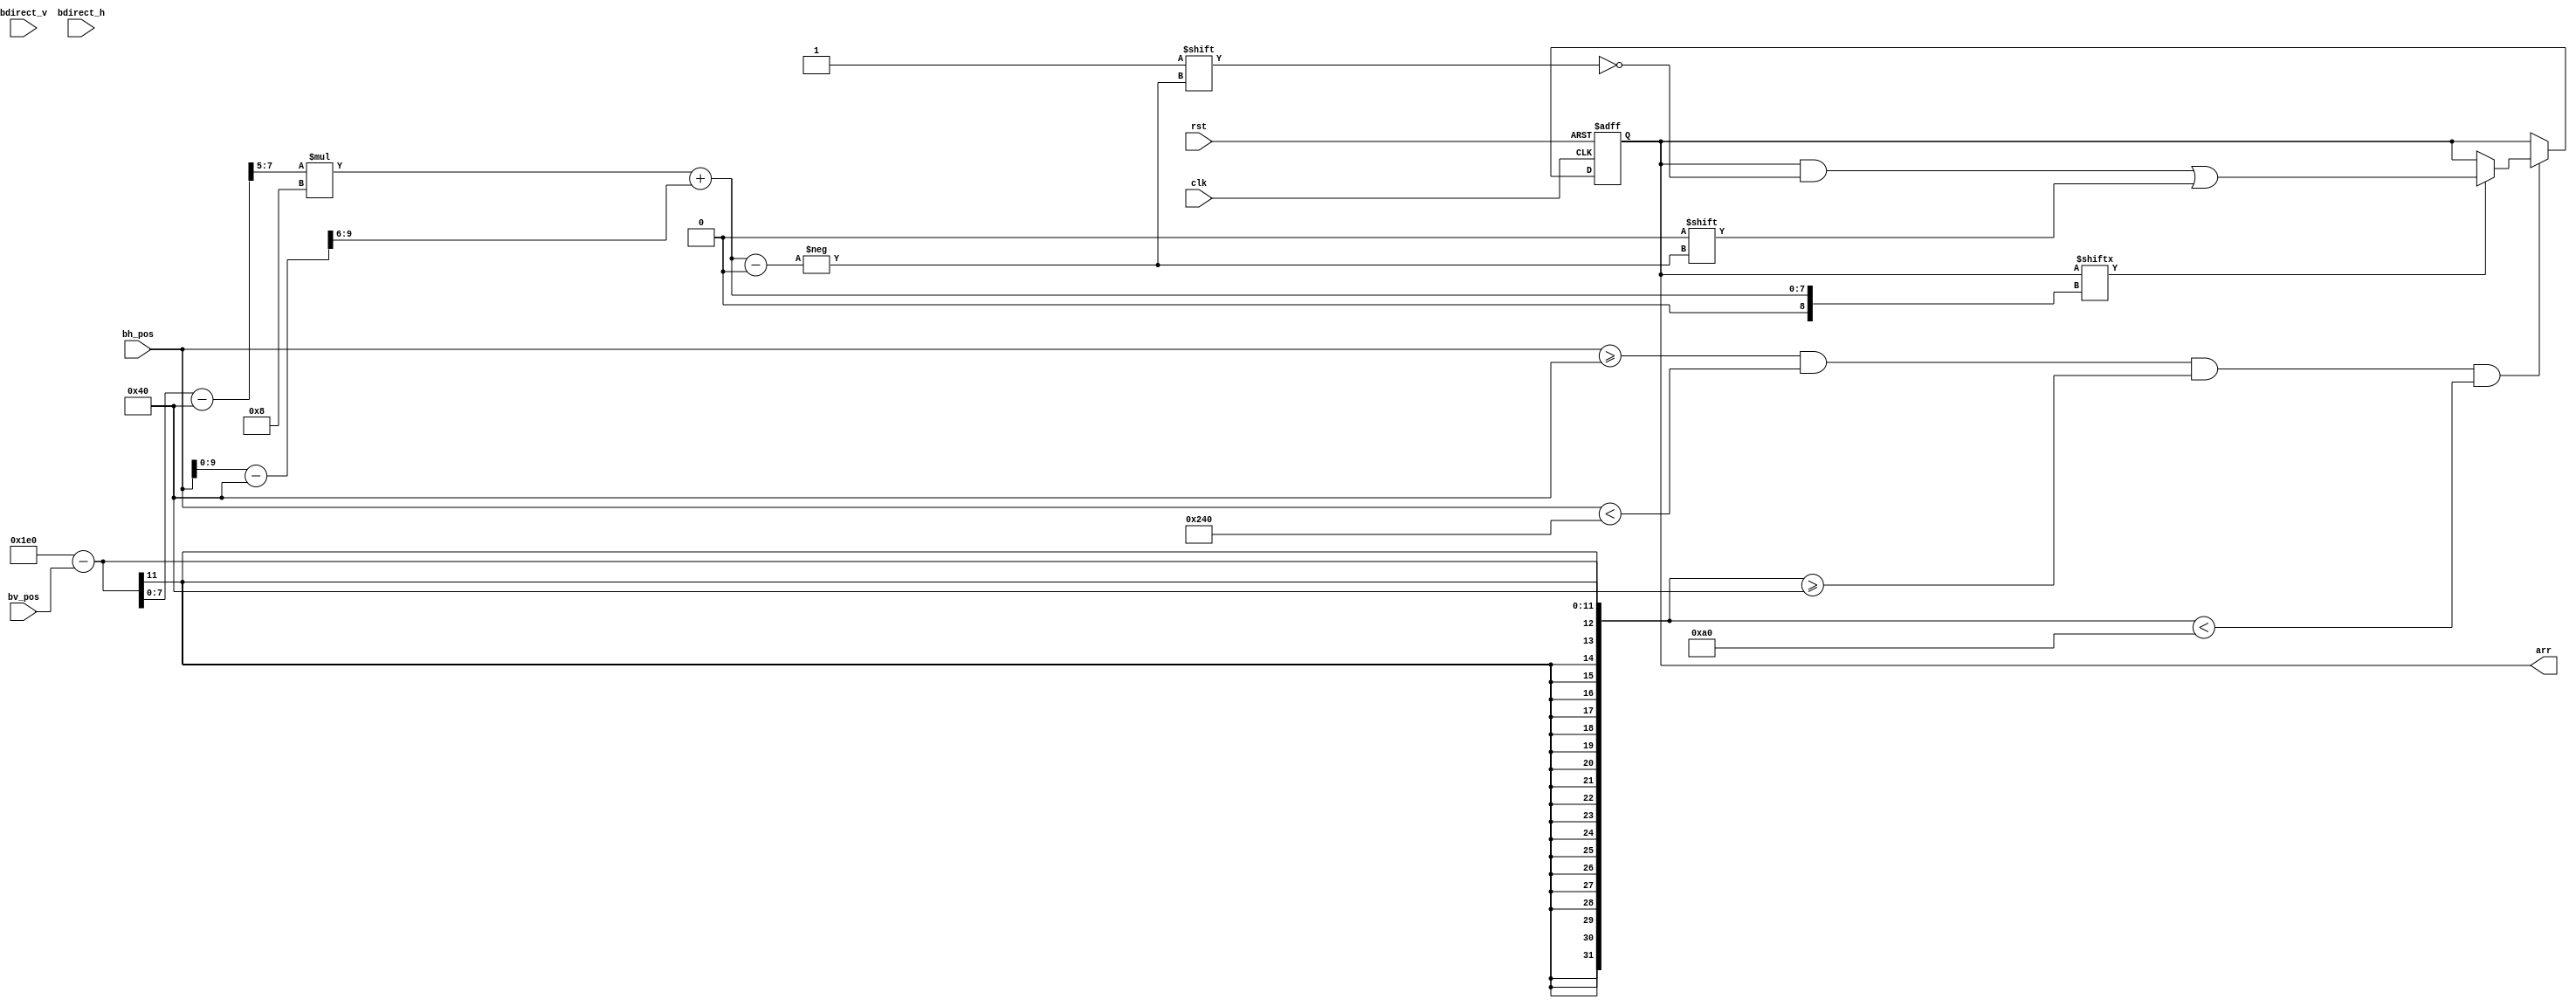
`timescale 1ns / 1ps
//////////////////////////////////////////////////////////////////////////////////
// Company: 
// Engineer: 
// 
// Design Name: 
// Module Name:    bricks 
// Project Name: 
// Target Devices: 
// Tool versions: 
// Description: 
//
// Dependencies: 
//
// Revision: 
// Revision 0.01 - File Created
// Additional Comments: 
//
//////////////////////////////////////////////////////////////////////////////////
module bricks(bv_pos, bh_pos, clk, arr, rst,bdirect_v,bdirect_h
	
    );
output reg [23:0] arr;
input[10:0] bv_pos;
input[10:0] bh_pos;
input clk;
input rst;
input bdirect_h;
input bdirect_v;

reg[2:0] v;
reg[3:0] h;

integer i,j;

initial
begin
	for(i = 0; i< 3; i = i+1)
	begin
		for(j = 0; j< 8; j = j+1)
		begin
				arr[(i*8)+j] = 1;
		end
	end
end

always @(posedge clk or posedge rst)
begin
	if(rst == 1)
	begin
		for(i = 0; i< 3; i = i+1)
		begin
			for(j = 0; j< 8; j = j+1)
			begin
					arr[(i*8)+j] = 1;
			end
		end
	end
	else
	begin
		if(bh_pos >= 64 && bh_pos<640-64 && 480-bv_pos >=64 && 480-bv_pos< 64+96)	
		begin
			h = (bh_pos-64)>>6;
			v = (480-bv_pos-64)>>5;

			if(arr[(v*8)+h] == 1)
				arr[(v*8)+h] = 0;
		end
	end
	
end

endmodule